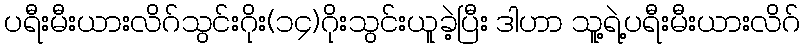
ပရီးမီးယားလိဂ်သွင်းဂိုး(၁၄)ဂိုးသွင်းယူခဲ့ပြီး ဒါဟာ သူ့ရဲ့ပရီးမီးယားလိဂ်